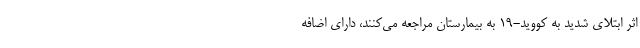
اثر ابتلای شدید به کووید-۱۹ به بیمارستان مراجعه می‌کنند، دارای اضافه